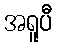
အရူပီ